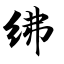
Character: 绋